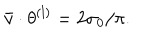
LaTeX: \bar { v } \cdot \theta ^ { ( l ) } = 2 \sigma _ { 0 } / \pi .